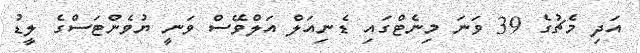
އަދި މެޗުގެ 39 ވަނަ މިނެޓްގައި ޑެނިއަލް އަލްވޭސް ވަނީ ޔުވެންޓަސްގެ ލީޑު